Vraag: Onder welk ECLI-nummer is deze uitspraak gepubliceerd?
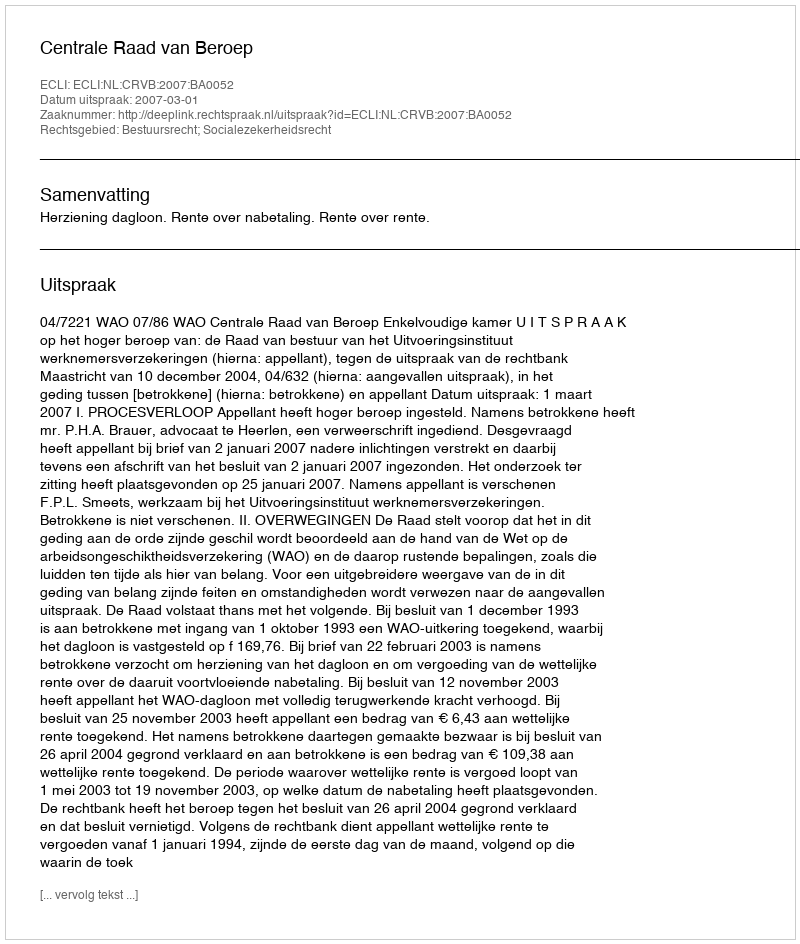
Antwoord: ECLI:NL:CRVB:2007:BA0052